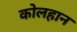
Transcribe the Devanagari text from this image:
कोलहान